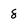
Character: 8